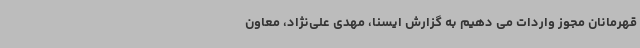
قهرمانان مجوز واردات می دهیم به گزارش ایسنا، مهدی علی‌نژاد، معاون